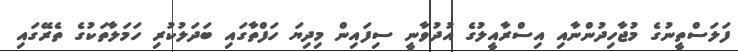
ފަލަސްތީނުގެ މުޖާހިދުންނާއި އިސްރާއީލުގެ އުދުވާނީ ސިފައިން މިދިޔަ ހަފްތާގައި ބަދަލުކުރި ހަމަލާތަކުގެ ތެރޭގައި